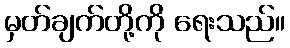
မှတ်ချက်တို့ကို ရေးသည်။